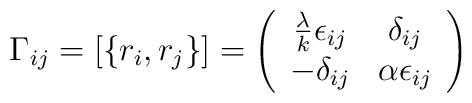
\Gamma_{ij} = \left[\{r_i , r_j\} \right] = \left(\begin{array}{cc} \frac{\lambda}{k} \epsilon_{ij}  & \delta_{ij} \\-\delta_{ij} & \alpha \epsilon_{ij} \end{array}\right)